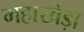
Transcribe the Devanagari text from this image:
महाखेड़ा